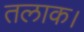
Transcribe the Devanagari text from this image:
तलाक।